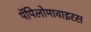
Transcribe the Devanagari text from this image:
पॅपिलोमावाइरस